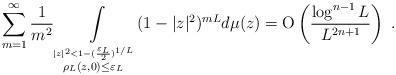
LaTeX: \begin{align*}\sum_{m=1}^\infty\frac 1{m^2} \int\limits_{ \stackrel{|z|^2<1-(\frac{\varepsilon_L}2)^{1/L}}{\rho_L(z,0)\leq \varepsilon_L} } (1-|z|^2)^{mL} d\mu(z) = \textrm{O} \left(\frac{\log^{n-1} L}{L^{2n+1}}\right)\ .\end{align*}